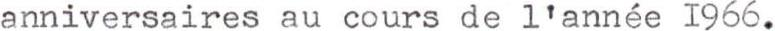
anniversaires au cours de l'année 1966.